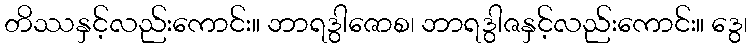
တိဿနှင့်လည်းကောင်း။ ဘာရဒွါဇောစ၊ ဘာရဒွါဇနှင့်လည်းကောင်း။ ဒွေ၊